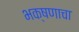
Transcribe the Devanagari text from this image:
भक्षणाचा